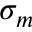
\sigma _ { m }